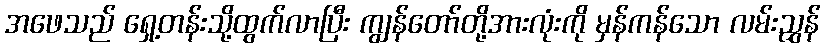
အဖေသည် ရှေ့တန်းသို့ထွက်လာပြီး ကျွန်တော်တို့အားလုံးကို မှန်ကန်သော လမ်းညွှန်